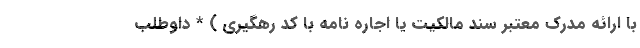
با ارائه مدرک معتبر سند مالکیت یا اجاره نامه با کد رهگیری ) * داوطلب